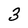
Character: 3